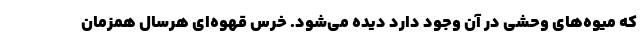
که میوه‌های وحشی در آن وجود دارد دیده می‌شود. خرس قهوه‌ای هرسال همزمان